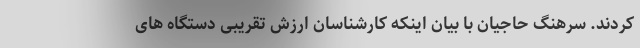
کردند. سرهنگ حاجیان با بیان اینکه کارشناسان ارزش تقریبی دستگاه های